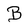
Character: B